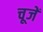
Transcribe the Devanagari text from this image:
चूजें